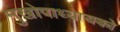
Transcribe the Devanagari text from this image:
मुखोपाध्यायको